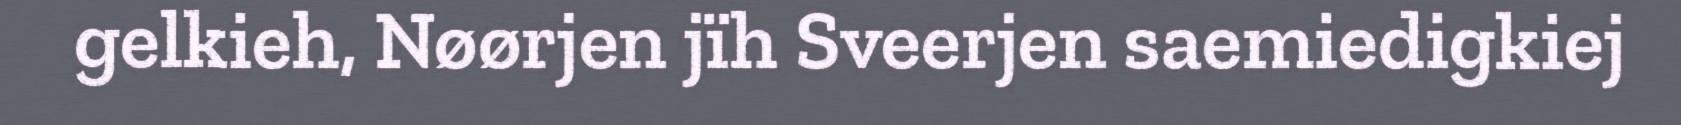
gelkieh, Nøørjen jïh Sveerjen saemiedigkiej